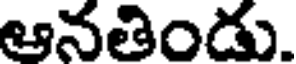
ఆనతిండు.